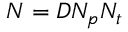
N = D N _ { p } N _ { t }